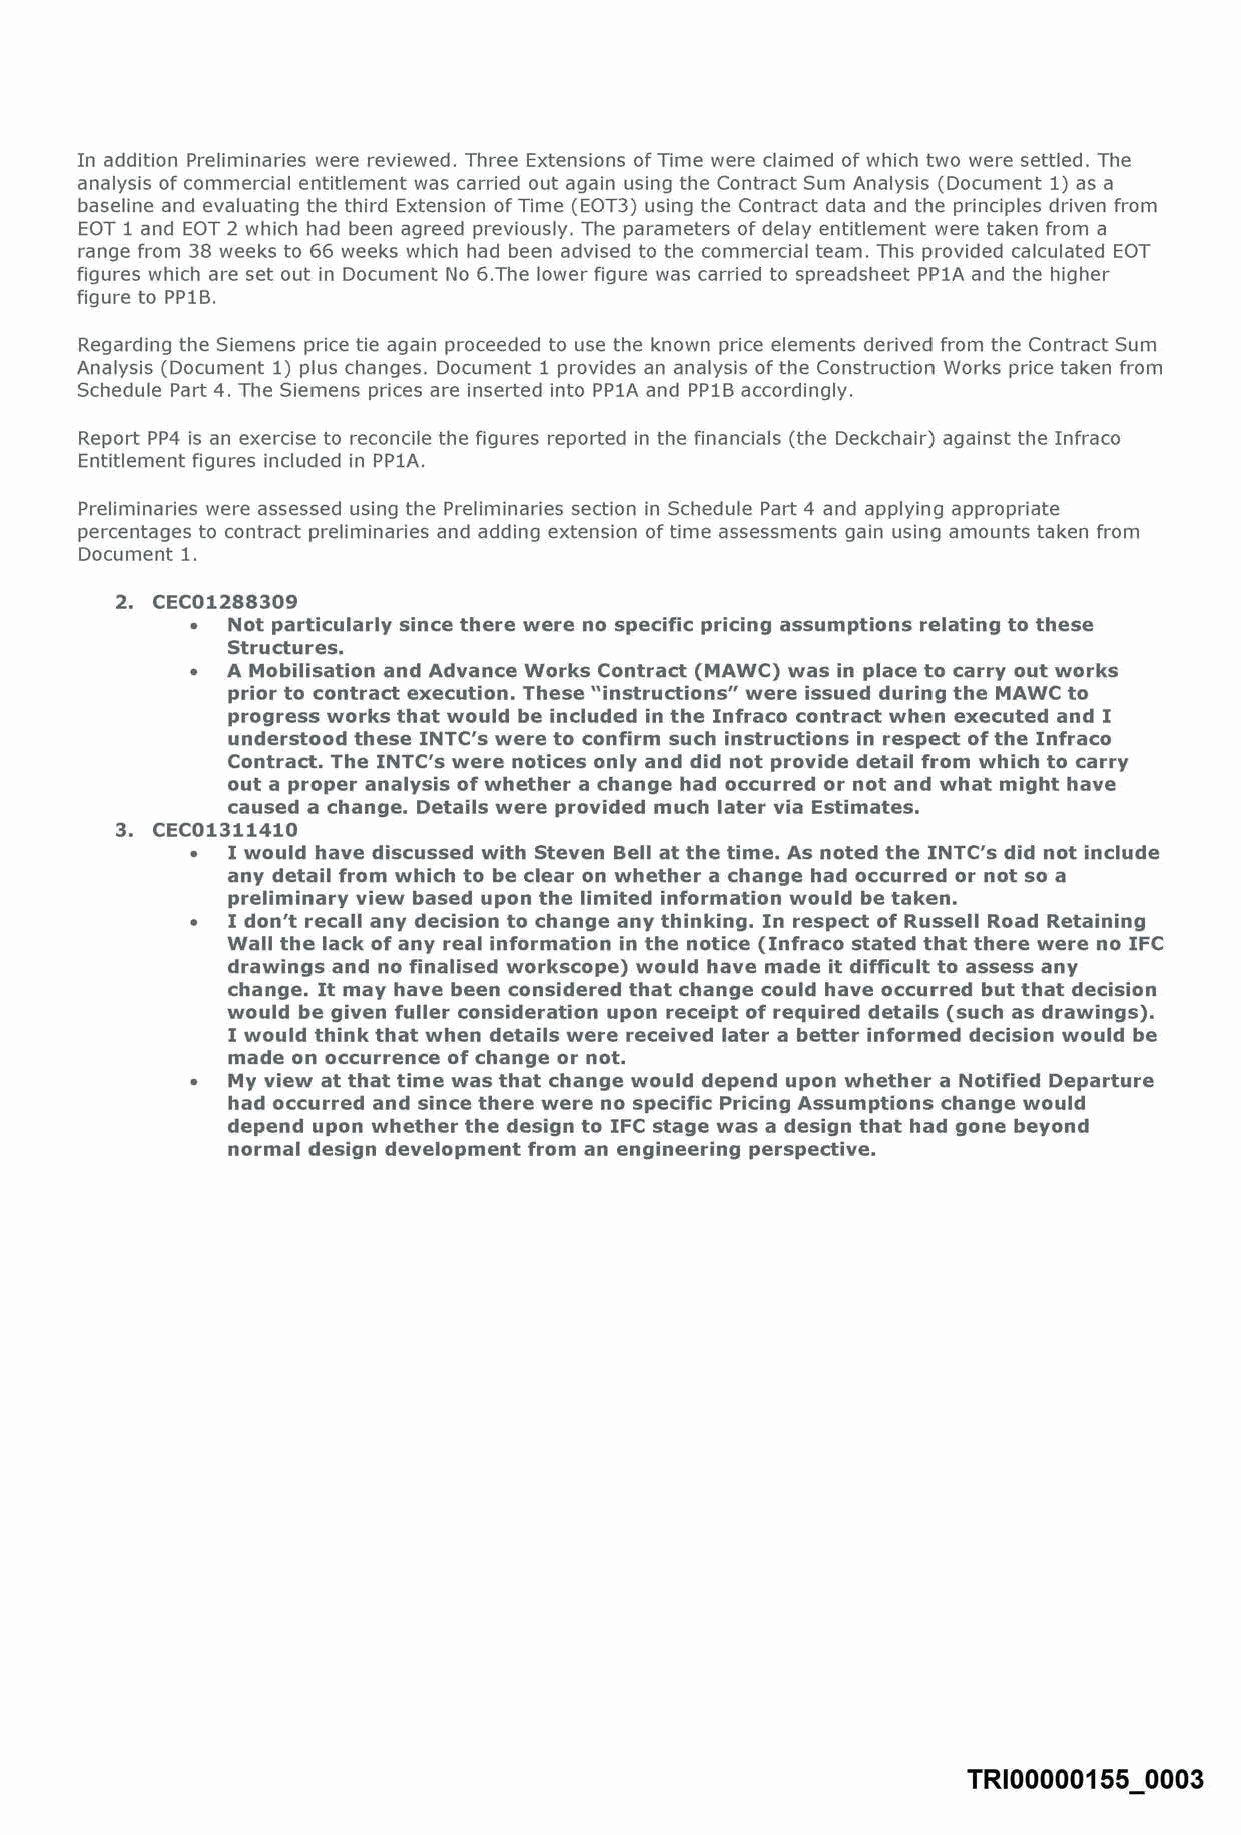
In addition Preliminaries were reviewed. Three Extensions of Time were claimed of which two were settled. The
 analysis of commercial entitlement was carried out again using the Contract Sum Analysis (Document 1) as a
 baseline and evaluating the third Extension of Time (EOT3) using the Contract data and the principles driven from
 EOT 1 and EOT 2 which had been agreed previously. The parameters of delay entitlement were taken from a
 range from 38 weeks to 66 weeks which had been advised to the commercial team. This provided calculated EOT
 figures which are set out in Document No 6.The lower figure was carried to spreadsheet PP1A and the higher
 figure to PP1B.
 Regarding the Siemens price tie again proceeded to use the known price elements derived from the Contract Sum
 Analysis (Document 1) plus changes. Document 1 provides an analysis of the Construction Works price taken from
 Schedule Part 4. The Siemens prices are inserted into PP1A and PP1B accordingly.
 Report PP4 is an exercise to reconcile the figures reported in the financials (the Deckchair) against the Infraco
 Entitlement figures included in PP1A.
 Preliminaries were assessed using the Preliminaries section in Schedule Part 4 and applying appropriate
 percentages to contract preliminaries and adding extension of time assessments gain using amounts taken from
 Document 1.
 2. CEC01288309
 • Not particularly since there were no specific pricing assumptions relating to these
 Structures.
 • A Mobilisation and Advance Works Contract (MAWC) was in place to carry out works
 prior to contract execution. These "instructions" were issued during the MAWC to
 progress works that would be included in the Infraco contract when executed and I
 understood these INTC's were to confirm such instructions in respect of the Infraco
 Contract. The INTC's were notices only and did not provide detail from which to carry
 out a proper analysis of whether a change had occurred or not and what might have
 caused a change. Details were provided much later via Estimates.
 3. CEC01311410
 • I would have discussed with Steven Bell at the time. As noted the INTC's did not include
 any detail from which to be clear on whether a change had occurred or not so a
 preliminary view based upon the limited information would be taken.
 • I don't recall any decision to change any thinking. In respect of Russell Road Retaining
 Wall the lack of any real information in the notice (lnfraco stated that there were no IFC
 drawings and no finalised workscope) would have made it difficult to assess any
 change. It may have been considered that change could have occurred but that decision
 would be given fuller consideration upon receipt of required details (such as drawings).
 I would think that when details were received later a better informed decision would be
 made on occurrence of change or not.
 • My view at that time was that change would depend upon whether a Notified Departure
 had occurred and since there were no specific Pricing Assumptions change would
 depend upon whether the design to IFC stage was a design that had gone beyond
 normal design development from an engineering perspective.
 TRI00000155 0003